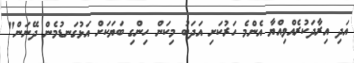
އަދި އިރާދަކުރެއްވިއްޔާ އެންމެ ހަރުކަށި އަދަބު މިކަން ހިންގި ބަޔަކަށް އަޅުގަނޑުމެން ދޭނަން"